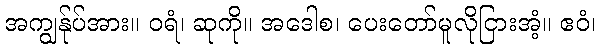
အကျွန်ုပ်အား။ ဝရံ၊ ဆုကို။ အဒေါစ၊ ပေးတော်မူလိုငြားအံ့။ ဧဝံ၊